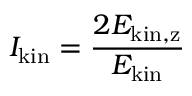
I _ { \mathrm { k i n } } = \frac { 2 E _ { \mathrm { k i n , z } } } { E _ { \mathrm { k i n } } }